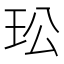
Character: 玜